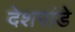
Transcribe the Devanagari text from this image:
देेशपांडे